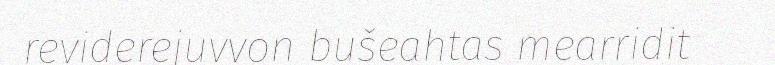
reviderejuvvon bušeahtas mearridit